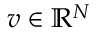
\ensuremath { \boldsymbol { v } } \in \mathbb { R } ^ { N }